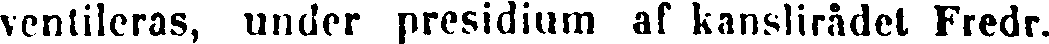
ventileras, under presidium af kanslirådet Fredr.